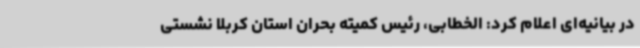
در بیانیه‌ای اعلام کرد: الخطابی، رئیس کمیته بحران استان کربلا نشستی